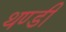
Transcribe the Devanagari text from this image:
थण्डी